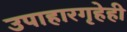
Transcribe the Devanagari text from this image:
उपाहारगृहेही